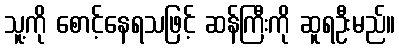
သူ့ကို စောင့်နေရသဖြင့် ဆန်ကြီးကို ဆူရဦးမည်။